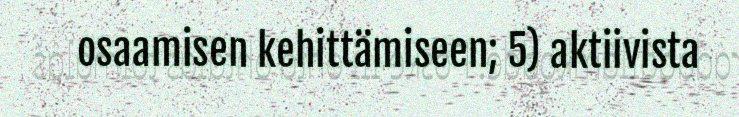
osaamisen kehittämiseen; 5) aktiivista